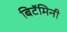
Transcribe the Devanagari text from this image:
बिटॅमिनी